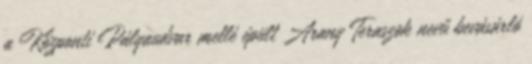
a Központi Pályaudvar mellé épült Arany Teraszok nevű bevásárló